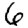
Digit: 6